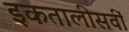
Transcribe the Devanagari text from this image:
इकतालीसवीं